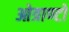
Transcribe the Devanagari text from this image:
ओत्राण्टो